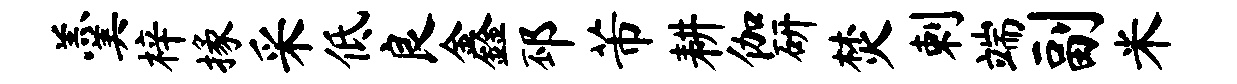
羹梓掾采低良鑫邳芾耕伽研焚剌端副米